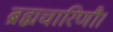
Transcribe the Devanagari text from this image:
ब्रह्मचारिणौ।